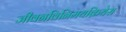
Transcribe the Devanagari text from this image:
जीवनविनिमयक्रियेस